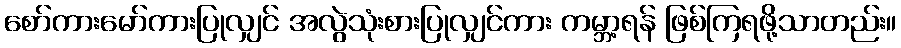
စော်ကားမော်ကားပြုလျှင် အလွဲသုံးစားပြုလျှင်ကား ကမ္ဘာ့ရန် ဖြစ်ကြရဖို့သာတည်း။